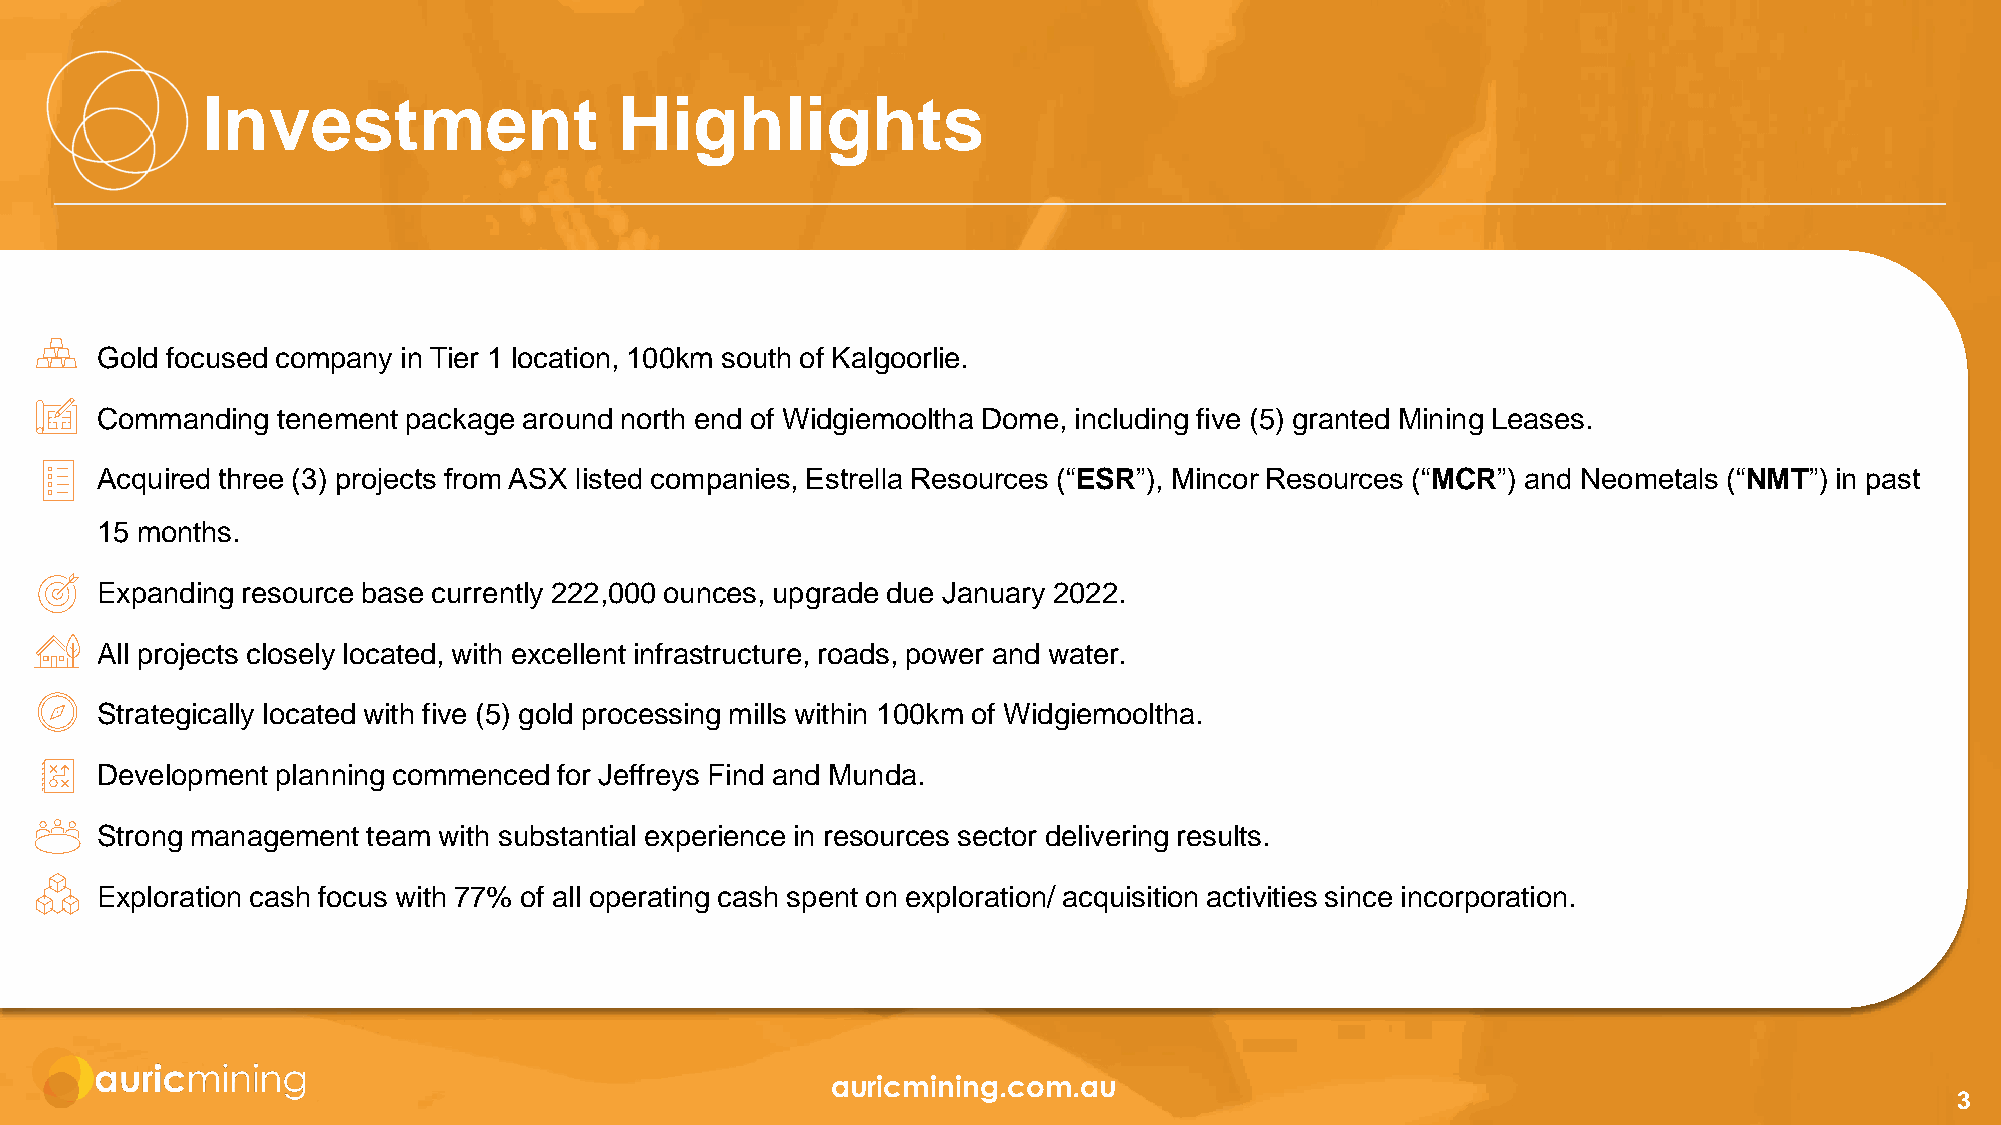
Investment                  Highlights
 Gold focused company in Tier 1 location, 100km south of Kalgoorlie.
 Commanding  tenement package around north end of Widgiemooltha Dome, including five (5) granted Mining Leases.
 Acquired three (3) projects from ASX listed companies, Estrella Resources (“ESR”), Mincor Resources (“MCR”) and Neometals (“NMT”) in past
 15 months.
 Expanding resource base currently 222,000 ounces, upgrade due January 2022.
 All projects closely located, with excellent infrastructure, roads, power and water.
 Strategically located with five (5) gold processing mills within 100km of Widgiemooltha.
 Development planning commenced for Jeffreys Find and Munda.
 Strong management team with substantial experience in resources sector delivering results.
 Exploration cash focus with 77% of all operating cash spent on exploration/ acquisition activities since incorporation.
 auricmining.com.au
 3